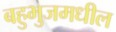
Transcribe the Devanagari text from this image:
बहुभुजमधील